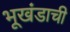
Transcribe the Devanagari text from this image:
भूखंडाची